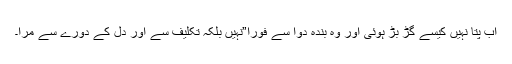
اب پتا نہیں کیسے گڑ بڑ ہوئی اور وہ بندہ دوا سے فورا”نہیں بلکہ تکلیف سے اور دل کے دورے سے مرا۔